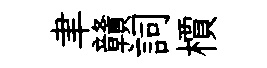
聿贛詞檟